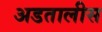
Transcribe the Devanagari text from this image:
अडतालीस